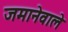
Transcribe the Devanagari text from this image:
जमानेवाले